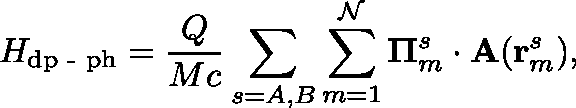
H _ { \mathrm { d p } \textrm { - } \mathrm { p h } } = \frac { Q } { M c } \sum _ { s = A , B } \sum _ { m = 1 } ^ { \mathcal { N } } \mathbf { \Pi } _ { m } ^ { s } \cdot \mathbf { A } ( \mathbf { r } _ { m } ^ { s } ) ,